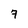
Character: 7